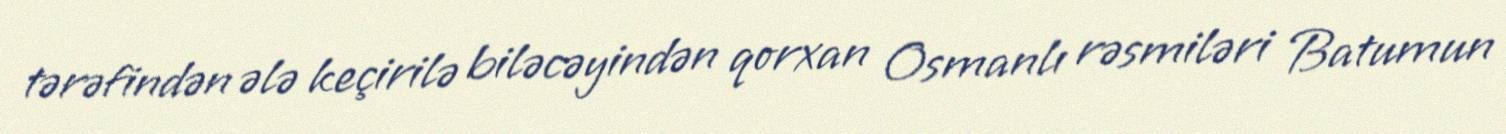
tərəfindən ələ keçirilə biləcəyindən qorxan Osmanlı rəsmiləri Batumun